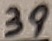
Text: 39